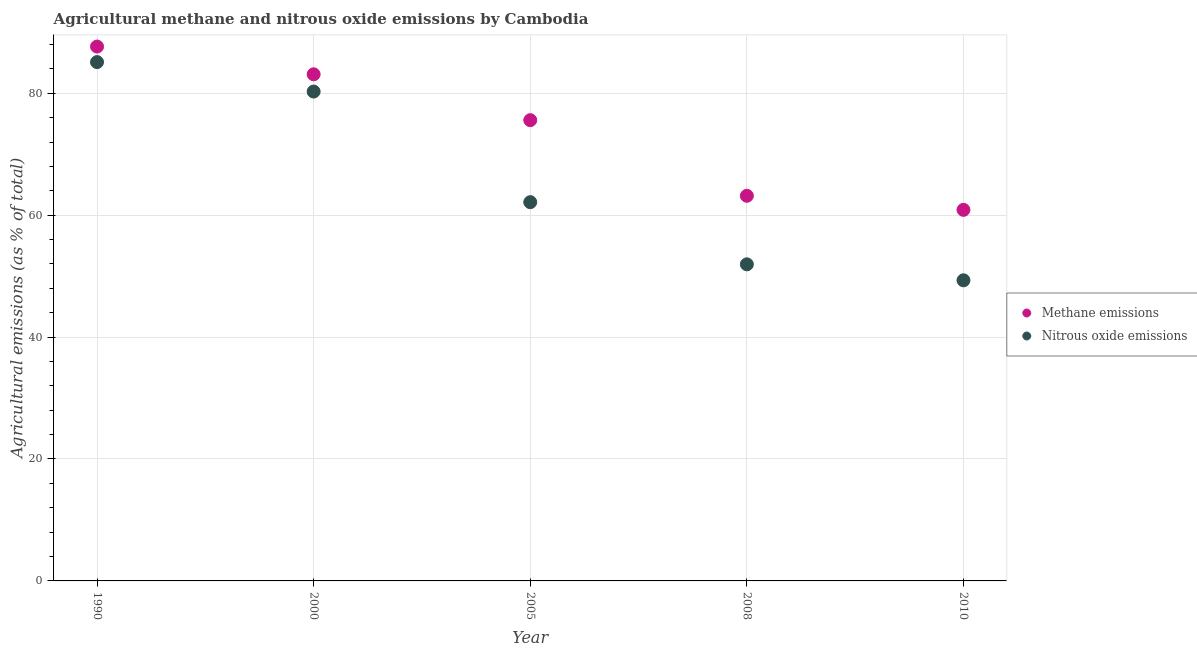
| Year | Methane emissions | Nitrous oxide emissions |
 | --- | --- | --- |
 | 1990 | 87.7 | 85.1 |
 | 2000 | 83.1 | 80.3 |
 | 2005 | 75.6 | 62.1 |
 | 2008 | 63.2 | 51.9 |
 | 2010 | 60.9 | 49.3 |